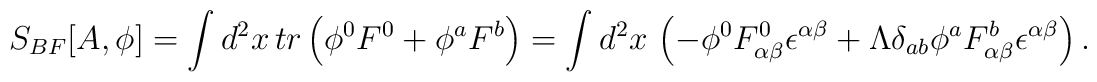
S_{BF}[A,\phi] = \int d^{2}x\, tr\left( \phi^{0}F^{0} +  \phi^{a}F^{b}    \right) =  \int d^{2}x\, \left(  -             \phi^{0}F^{0}_{\alpha\beta}\epsilon^{\alpha\beta} +             \Lambda \delta_{ab}\phi^{a}F^{b}_{\alpha\beta}\epsilon^{\alpha\beta}\right).